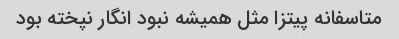
متاسفانه پیتزا مثل همیشه نبود انگار نپخته بود